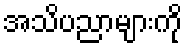
အသိပညာများကို